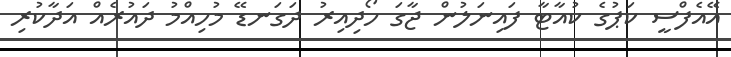
އޭއެފްސީ ކަޕުގެ ކުއާޓާ ފައިނަލުން ޖާގަ ހޯދިއިރު ދަގަނޑޭ މުހިއްމު ދައުރެއް އަދާކުރި